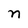
Character: n